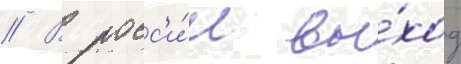
// В росс'и́и вы́ход